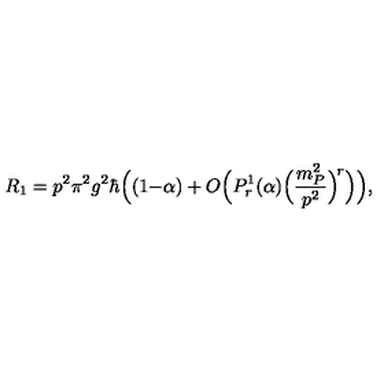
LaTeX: R _ { 1 } = p ^ { 2 } \pi ^ { 2 } g ^ { 2 } \hbar \Big ( ( 1 { - } \alpha ) + O \Big ( P _ { r } ^ { 1 } ( \alpha ) \Big ( \frac { m _ { P } ^ { 2 } } { p ^ { 2 } } \Big ) ^ { \! r } \Big ) \Big ) ,